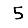
Digit: 5